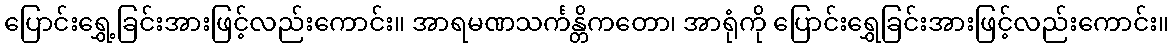
ပြောင်းရွှေ့ခြင်းအားဖြင့်လည်းကောင်း။ အာရမဏသင်္ကန္တိကတော၊ အာရုံကို ပြောင်းရွှေခြင်းအားဖြင့်လည်းကောင်း။